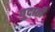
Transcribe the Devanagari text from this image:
गुदाती